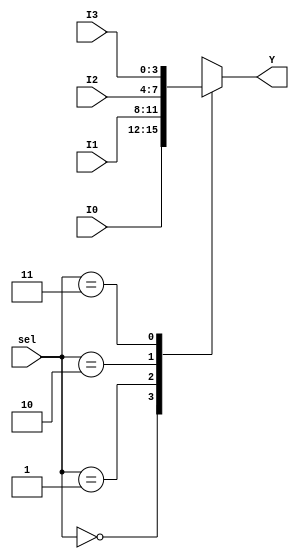
`timescale 1ns / 1ps
//////////////////////////////////////////////////////////////////////////////////
// Company: 
// Engineer: 
// 
// Design Name: 
// Module Name: mux
// Project Name: 
// Target Devices: 
// Tool Versions: 
// Description: 
// 
// Dependencies: 
// 
// Revision:
// Revision 0.01 - File Created
// Additional Comments:
// 
//////////////////////////////////////////////////////////////////////////////////


module mux(
input [3:0] I0,
input [3:0] I1,
input [3:0] I2,
input [3:0] I3,
input [1:0] sel,
output reg [3:0] Y
    );
 
always @(I0, I1, I2, I3, sel) begin
case(sel)
2'b00: Y <= I0;
2'b01: Y <= I1;
2'b10: Y <= I2;
2'b11: Y <= I3;
endcase
end
endmodule